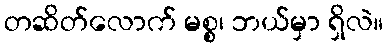
တဆိတ်လောက် မစ္စ၊ ဘယ်မှာ ရှိလဲ။